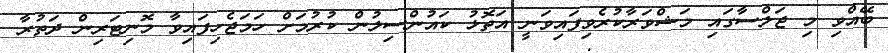
ބޭއްވި މި ޖަލްސާގައި މަޝްވަރާކުރެވިފައިވަނީ އަތޮޅު ކައުންސިލުން ކުރުމަށް ހަމަޖެހިފައިވާ މޮނިޓަރިން ދަތުރާ